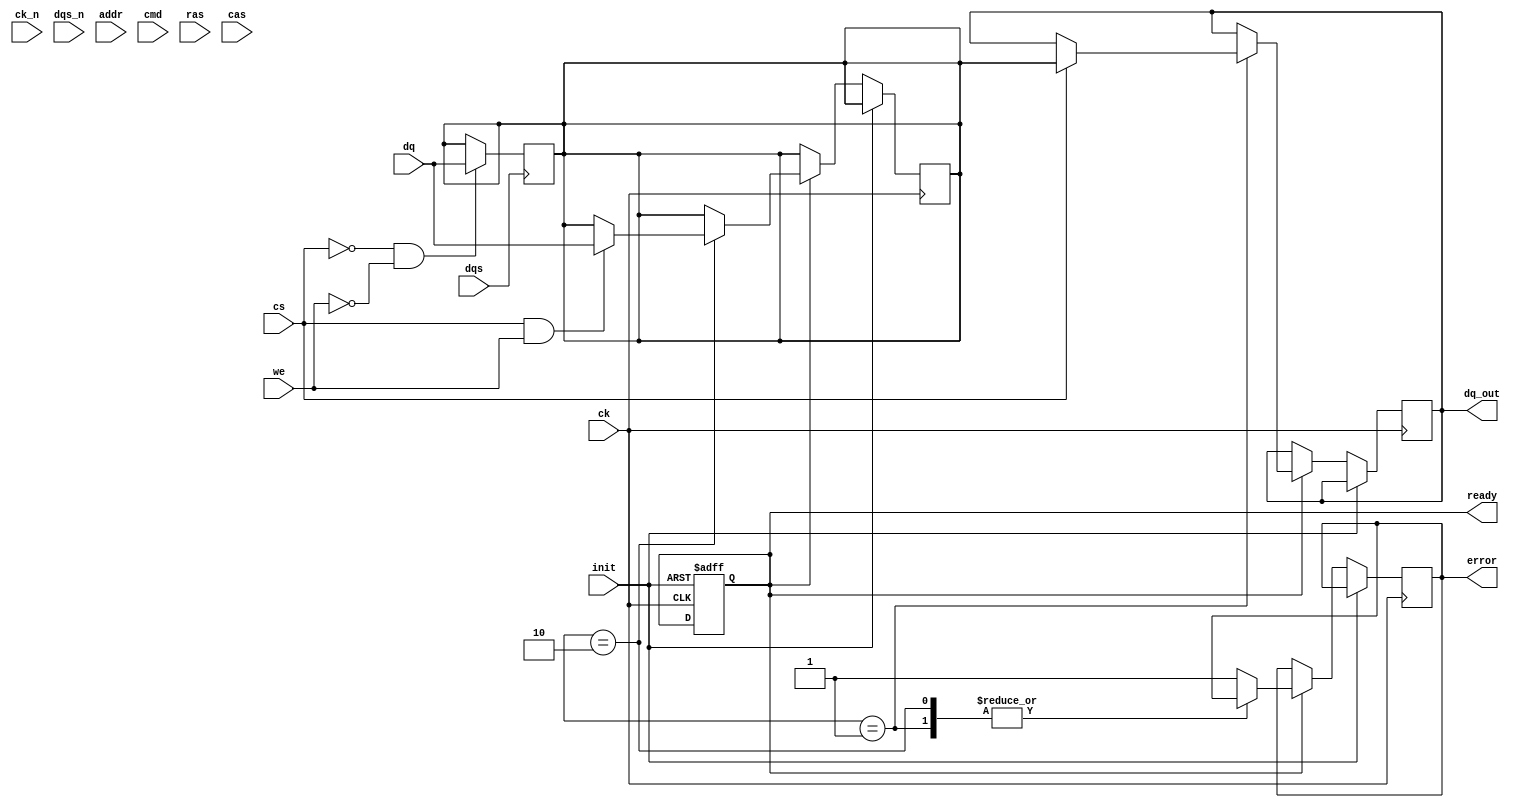
module gddr6_io_block #(
    parameter DATA_WIDTH = 64, // Options: 16, 32, 64
    parameter ADDR_WIDTH = 16,
    parameter CMD_WIDTH = 4
)(
    input wire ck,             // Differential Clock
    input wire ck_n,           // Differential Clock (Inverted)
    input wire [DATA_WIDTH-1:0] dq,   // Data Lines
    input wire dqs,            // Data Strobe
    input wire dqs_n,          // Data Strobe (Inverted)
    input wire [ADDR_WIDTH-1:0] addr, // Address Lines
    input wire [CMD_WIDTH-1:0] cmd,    // Command Signals
    input wire cs,             // Chip Select
    input wire ras,            // Row Address Strobe
    input wire cas,            // Column Address Strobe
    input wire we,             // Write Enable
    input wire init,           // Initialization Signal
    output reg [DATA_WIDTH-1:0] dq_out, // Output Data
    output reg ready,          // Ready Signal
    output reg error           // Error Indicator
);

    // Internal Signals
    reg [DATA_WIDTH-1:0] data_buffer;
    reg [ADDR_WIDTH-1:0] address_buffer;
    reg operation_mode; // For distinguishing read/write
    reg power_mode;     // Power management mode
    reg [CMD_WIDTH-1:0] command_buffer;

    // Clock Edge Detection
    always @(posedge ck or posedge init) begin
        if (init) begin
            ready <= 1'b0;
            power_mode <= 1'b1; // Initialize to power-down mode
        end else if (ready) begin
            // Handle commands
            case (command_buffer)
                4'b0001: begin // READ command
                    if (cs) begin
                        // Perform read operation
                        dq_out <= data_buffer; // Assume data buffer has the correct data
                    end
                end
                4'b0010: begin // WRITE command
                    if (cs && we) begin
                        // Perform write operation
                        data_buffer <= dq; // Capture incoming data
                    end
                end
                // Other commands can be added here
                default: begin
                    error <= 1'b1; // Indicate error on unknown command
                end
            endcase
        end
    end

    // Strobe Control Logic
    always @(posedge dqs) begin
        // Capture data on DQS rising edge
        if (!cs && !we) begin
            data_buffer <= dq; // Assuming capturing data on dqs
        end
    end

    always @(negedge dqs) begin
        // Release data on falling edge, if necessary
    end

    // Power Management Logic Example
    always @(posedge init or negedge cs) begin
        if (init) begin
            power_mode <= 1'b1; // Enter power-save mode
        end else if (!cs) begin
            power_mode <= 1'b0; // Exit power-save mode
        end
    end

    // Dummy timing checks (to be replaced with actual timing implementation)
    always @(*) begin
        // Here you would implement setup and hold checks, timing simulations etc.
        // This is a placeholder for implementation.
    end

    // Other functionality can be added here based on your requirements

endmodule